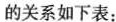
的关系如下表：